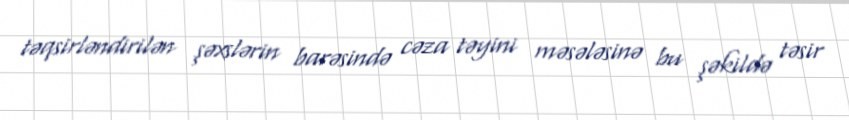
təqsirləndirilən şəxslərin barəsində cəza təyini məsələsinə bu şəkildə təsir